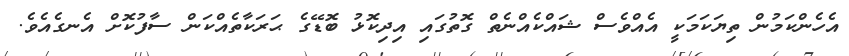
އެހެންކަމުން ތިޔަކަމަކީ އެއްވެސް ޝައްކެއްނެތް ގޮތުގައި އިދިކޮޅު ބޮޑޭގެ ޙަރަކާތެއްކަން ސާފުކޮށް އެނގެއެވެ.